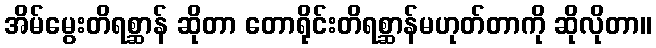
အိမ်မွေးတိရစ္ဆာန် ဆိုတာ တောရိုင်းတိရစ္ဆာန်မဟုတ်တာကို ဆိုလိုတာ။